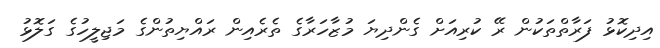
އިދިކޮޅު ފަރާތްތަކުން ރޭ ކުރިއަށް ގެންދިޔަ މުޒާހަރާގެ ތެރެއިން ރައްޔިތުންގެ މަޖިލީހުގެ ގަލޮޅު